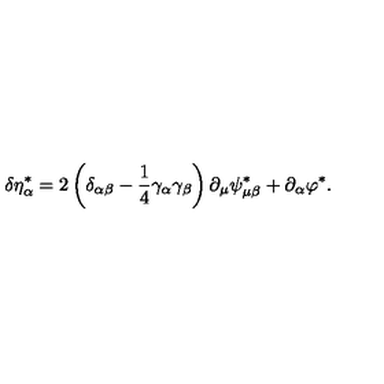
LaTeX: \delta \eta _ { \alpha } ^ { * } = 2 \left( \delta _ { \alpha \beta } - \frac 1 4 \gamma _ { \alpha } \gamma _ { \beta } \right) \partial _ { \mu } \psi _ { \mu \beta } ^ { * } + \partial _ { \alpha } \varphi ^ { * } .